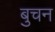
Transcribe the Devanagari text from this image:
बुचन